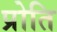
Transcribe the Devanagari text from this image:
प्रोति